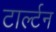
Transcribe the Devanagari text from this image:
टार्ल्टन